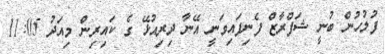
ފުލުހުން ބުނީ ޝަފްރާޒް ފެނިފައިވަނީ އޭނާ ދިރިއުޅޭ ގެ ކައިރިން މިއަދު 11:05